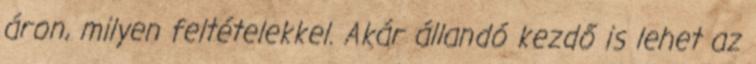
áron, milyen feltételekkel. Akár állandó kezdő is lehet az